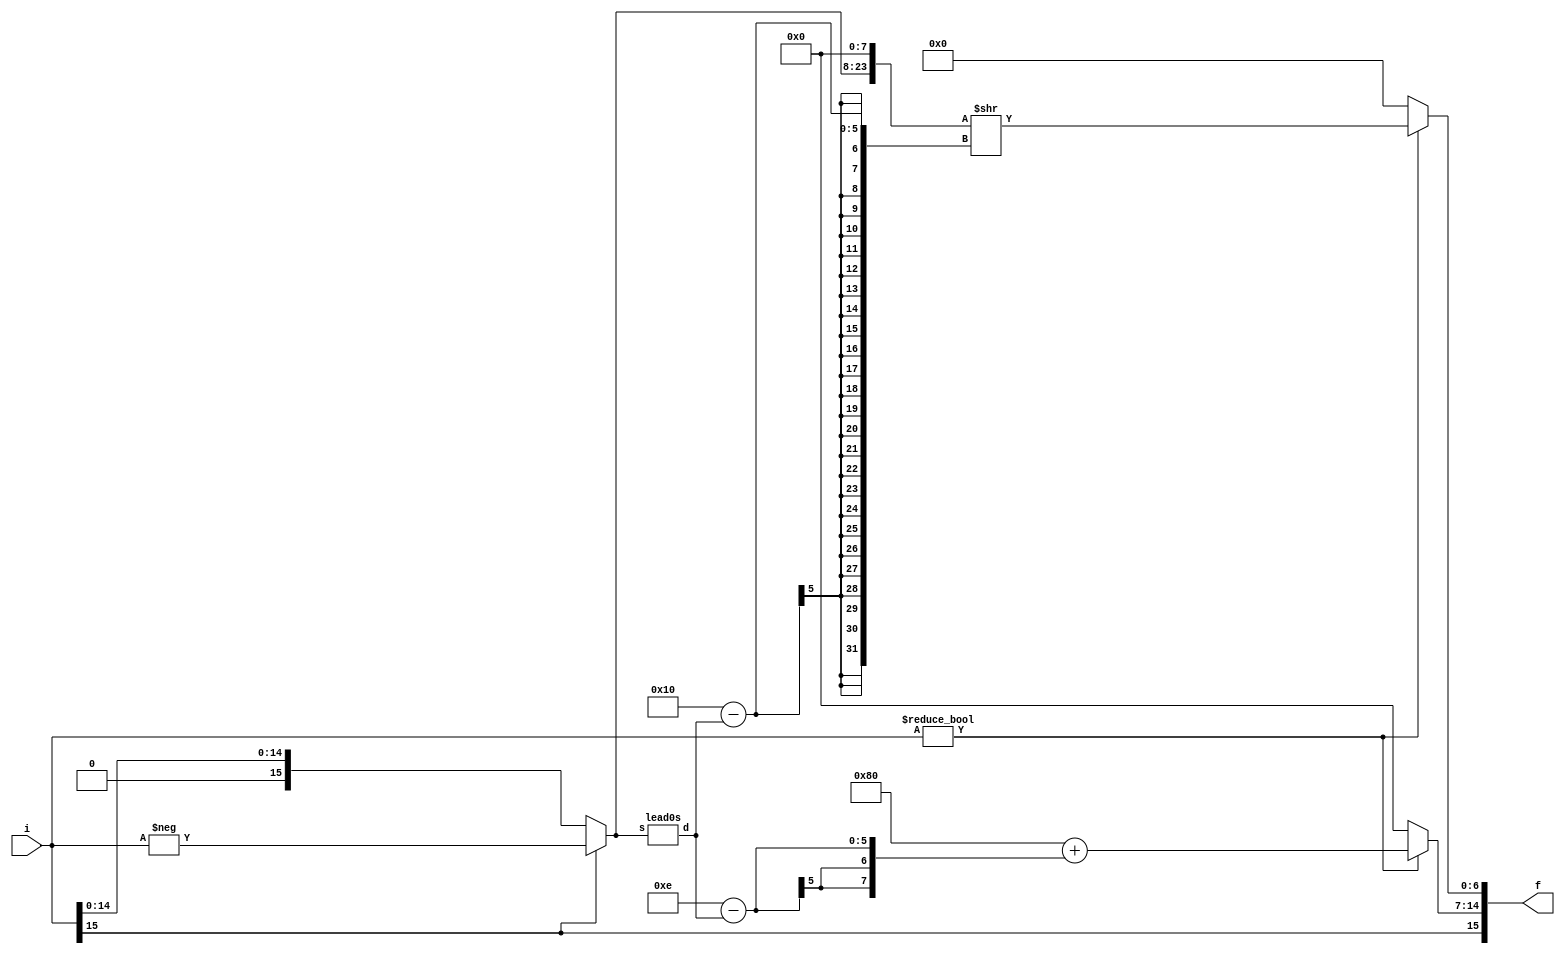
// some basic sizes of things
`define DATA	[15:0]
`define ADDR	[15:0] //address
`define INST	[15:0] //instruction
`define SIZE	[65535:0]
`define STATE	[7:0]  //state number size & opcode size
`define REGS	[15:0] //size of registers
`define REGNAME	[3:0]  //16 registers to choose from
`define WORD	[15:0] //16-bit words
`define HALF	[7:0]	//8-bit half-words
`define NIB	[3:0]	//4-bit nibble
`define HI8	[15:8]
`define LO8	[7:0]
`define HIGH8	[15:8]
`define HIGH4 [15:12]
`define LOW8	[7:0]

// the instruction fields
`define F_H		[15:12] //4-bit header (needed for short opcodes)
`define F_OP	[15:8]
`define F_D		[3:0]
`define F_S		[7:4]
`define F_C8	[11:4]
`define F_ADDR	[11:4]

//long instruction headers
`define HCI8	4'hb
`define HCII	4'hc
`define HCUP	4'hd
`define HBNZ	4'hf
`define HBZ		4'he

// opcode values, also state numbers
`define OPADDI	8'h70
`define OPADDII	8'h71
`define OPMULI	8'h72
`define OPMULII	8'h73
`define OPSHI	8'h74
`define OPSHII	8'h75
`define OPSLTI	8'h76
`define OPSLTII	8'h77

`define OPADDF	8'h60
`define OPADDPP	8'h61
`define OPMULF	8'h62
`define OPMULPP	8'h63

`define OPAND	8'h50
`define OPOR	8'h51
`define OPXOR	8'h52
`define OPDUP   8'h53

`define OPLD	8'h40
`define OPST	8'h41

`define OPANYI	8'h30
`define OPANYII	8'h31
`define OPNEGI	8'h32
`define OPNEGII	8'h33
`define OPNEGF  8'h34

//These have been changed, need to update .aik
`define OPF2I   8'h17
`define OPI2F   8'h18
`define OPII2PP 8'h19
`define OPF2PP	8'h21
`define OPPP2F	8'h22
`define OPPP2II 8'h23
`define OPINVF	8'h24
`define OPINVPP	8'h25

`define OPNOT	8'h10

`define OPJR	8'h01

`define OPTRAP	8'h00

`define OPCI8	8'hbz
`define OPCII	8'hc?
`define OPCUP	8'hdz

`define OPBZ	8'hez
`define OPBNZ	8'hfz

`define NOP 	8'h02

//my field definitions for modules
`define myPOSITS [15:0]
`define myINTS   [15:0]
`define myINT    [7:0]
`define myPOSIT  [7:0]

//Definitions for Dr. Dietz modules
// Field definitions
`define	WORD	[15:0]	// generic machine word size
`define	INT	signed [15:0]	// integer size
`define FLOAT	[15:0]	// half-precision float size
`define FSIGN	[15]	// sign bit
`define FEXP	[14:7]	// exponent
`define FFRAC	[6:0]	// fractional part (leading 1 implied)

// Constants
`define	FZERO	16'b0	  // float 0
`define F32767  16'h46ff  // closest approx to 32767, actually 32640
`define F32768  16'hc700  // -32768

// Given by Dr. Dietz
// Integer to float conversion, 16 bit
module i2f(f, i);
output wire `FLOAT f;
input wire `INT i;
wire [4:0] lead;
wire `WORD pos;
assign pos = (i[15] ? (-i) : i);
lead0s m0(lead, pos);
assign f `FFRAC = (i ? ({pos, 8'b0} >> (16 - lead)) : 0);
assign f `FSIGN = i[15];
assign f `FEXP = (i ? (128 + (14 - lead)) : 0);
endmodule

// Given by Dr. Dietz
// Float set-less-than, 16-bit (1-bit result) torf=a<b
module fslt(torf, a, b);
output wire torf;
input wire `FLOAT a, b;
assign torf = (a `FSIGN && !(b `FSIGN)) ||
	      (a `FSIGN && b `FSIGN && (a[14:0] > b[14:0])) ||
	      (!(a `FSIGN) && !(b `FSIGN) && (a[14:0] < b[14:0]));
endmodule

// Given by Dr. Dietz
// Count leading zeros, 16-bit (5-bit result) d=lead0s(s)
module lead0s(d, s);
output wire [4:0] d;
input wire `WORD s;
wire [4:0] t;
wire [7:0] s8;
wire [3:0] s4;
wire [1:0] s2;
assign t[4] = 0;
assign {t[3],s8} = ((|s[15:8]) ? {1'b0,s[15:8]} : {1'b1,s[7:0]});
assign {t[2],s4} = ((|s8[7:4]) ? {1'b0,s8[7:4]} : {1'b1,s8[3:0]});
assign {t[1],s2} = ((|s4[3:2]) ? {1'b0,s4[3:2]} : {1'b1,s4[1:0]});
assign t[0] = !s2[1];
assign d = (s ? t : 16);
endmodule

// Given by Dr. Dietz
// Floating-point reciprocal, 16-bit r=1.0/a
// Note: requires initialized inverse fraction lookup table
module frecip(r, a);
output wire `FLOAT r;
input wire `FLOAT a;
reg [6:0] look[127:0];
initial $readmemh1(look);
assign r `FSIGN = a `FSIGN;
assign r `FEXP = 253 + (!(a `FFRAC)) - a `FEXP;
assign r `FFRAC = look[a `FFRAC];
endmodule

// Given by Dr. Dietz
// Floating-point addition, 16-bit r=a+b
module fadd(r, a, b);
output wire `FLOAT r;
input wire `FLOAT a, b;
wire `FLOAT s;
wire [8:0] sexp, sman, sfrac;
wire [7:0] texp, taman, tbman;
wire [4:0] slead;
wire ssign, aegt, amgt, eqsgn;
assign r = ((a == 0) ? b : ((b == 0) ? a : s));
assign aegt = (a `FEXP > b `FEXP);
assign texp = (aegt ? (a `FEXP) : (b `FEXP));
assign taman = (aegt ? {1'b1, (a `FFRAC)} : ({1'b1, (a `FFRAC)} >> (texp - a `FEXP)));
assign tbman = (aegt ? ({1'b1, (b `FFRAC)} >> (texp - b `FEXP)) : {1'b1, (b `FFRAC)});
assign eqsgn = (a `FSIGN == b `FSIGN);
assign amgt = (taman > tbman);
assign sman = (eqsgn ? (taman + tbman) : (amgt ? (taman - tbman) : (tbman - taman)));
lead0s m0(slead, {sman, 7'b0});
assign ssign = (amgt ? (a `FSIGN) : (b `FSIGN));
assign sfrac = sman << slead;
assign sexp = (texp + 1) - slead;
assign s = (sman ? (sexp ? {ssign, sexp[7:0], sfrac[7:1]} : 0) : 0);
endmodule

//Given by Dr. Dietz
// Floating-point multiply, 16-bit r=a*b
module fmul(r, a, b);
output wire `FLOAT r;
input wire `FLOAT a, b;
wire [15:0] m; // double the bits in a fraction, we need high bits
wire [7:0] e;
wire s;
assign s = (a `FSIGN ^ b `FSIGN);
assign m = ({1'b1, (a `FFRAC)} * {1'b1, (b `FFRAC)});
assign e = (((a `FEXP) + (b `FEXP)) -127 + m[15]);
assign r = (((a == 0) || (b == 0)) ? 0 : (m[15] ? {s, e, m[14:8]} : {s, e, m[13:7]}));
endmodule

// Given by Dr. Dietz
// Float to integer conversion, 16 bit
// Note: out-of-range values go to -32768 or 32767
module f2i(i, f);
output wire `INT i;
input wire `FLOAT f;
wire `FLOAT ui;
wire tiny, big;
fslt m0(tiny, f, `F32768);
fslt m1(big, `F32767, f);
assign ui = {1'b1, f `FFRAC, 16'b0} >> ((128+22) - f `FEXP);
assign i = (tiny ? 0 : (big ? 32767 : (f `FSIGN ? (-ui) : ui)));
endmodule

// control for calling i2p
module ii2pp(p, i);
input `WORD i;
output `WORD p;
i2p p1(p `LO8,i `LO8);
i2p p2(p `HI8,i `HI8);
endmodule

// Looks up corresponding 8 bit posit from 8 bit integer
module i2p(p,i);
input wire `HALF i;
output wire `HALF p;
reg [7:0] look[255:0];
initial $readmemh2(look);
assign p = look[i];
endmodule

// control for calling i2p
module pp2ii(i,p);
output `WORD i;
input `WORD p;
i2p p1(i `LO8,p `LO8);
i2p p2(i `HI8,p `HI8);
endmodule

// Looks up corresponding 8 bit integer from 8 bit posit
module p2i(i,p);
output wire `HALF i;
input wire `HALF p;
reg [15:8] look[255:0];
initial $readmemh2(look);
assign i = look[p];
endmodule

//low 8 bits of posit to 16 bit float
module pp2f(f,p);
input wire `WORD p;
output wire `WORD f;
reg [31:16] look[255:0];
initial $readmemh2(look);
assign f = look[p `LO8];
endmodule

// reciprocal of posit
module invpp(recip, p);
output wire `WORD recip;
input wire `WORD p;
reg [39:32] look[255:0];
initial $readmemh2(look);
assign recip = {look[p `HI8], look[p `LO8]};
endmodule
	
module addp8(p1, p2, sum);
input wire `myPOSIT p1, p2;
output wire `myPOSIT sum;
wire [23:0] search;
reg [23:0] look[65535:0];
initial $readmemh3(look);
assign search = look[{p1[7:0], p2[7:0]}];
assign sum = search[23:16];
endmodule

module addpp(result, ppd, pps);
input wire [15:0] ppd, pps;
output wire [15:0] result;
addp8 lo8(ppd [7:0], pps[7:0], result[7:0]);
addp8 hi8(ppd [15:8], pps[15:8], result[15:8]);
endmodule

module mulpp(result, ppd, pps);
input wire `WORD ppd, pps;
output wire `WORD result;
wire [15:0] search;
reg [15:0] look[65535:0];
initial $readmemh3(look);
assign search = {look[{ppd `HI8, pps `HI8}],look[{ppd `LO8, pps `LO8}]};
assign result = search[15:8];
endmodule
		
module f2pp(p,f);
input wire `WORD f;
output wire `WORD p;
reg [7:0] look[65535:0];
initial $readmemh3(look);
assign p = {look[f], look[f]};
endmodule

module processor(halt, reset, clk);
output reg halt;
input reset, clk;

reg `DATA r `REGS;	// register file
reg `DATA dm `SIZE;	// data memory
reg `INST im `SIZE;	// instruction memory
reg `ADDR pc;
wire `ADDR tpc;
reg `INST ir;
reg `HALF op0, op1;
reg `NIB d0, d1;
reg `DATA dv1, dv2;
reg `NIB s0, s1;
reg `DATA sv1;
reg `HALF const0, const1;
reg jump;
wire zflag;		// z flag
wire pendz;
wire wait1;
wire `WORD f2iOut, i2fOut, frecipOut, fmulOut, faddOut, ii2ppOut, pp2iiOut, addppOut, mulppOut, pp2fOut, invppOut, f2ppOut;
	
reg `DATA target;	// target for branch or jump

	i2f myi2f(i2fOut,dv1);
	f2i myf2i(f2iOut, dv1);
	frecip myfrecip(frecipOut, dv1);
	fmul myfmul(fmulOut, dv1, sv1);
	fadd myfadd(faddOut, dv1, sv1);
	ii2pp myii2pp(ii2ppOut, dv1);
	pp2ii mypp2ii(pp2iiOut, dv1);
	addpp myaddpp(addppOut, dv1, sv1);
	mulpp mymulpp(mulppOut, dv1, sv1);
	pp2f mypp2f(pp2fOut, dv1);
	f2pp myf2pp(f2ppOut, dv1);
	invpp myinvpp(invppOut, dv1);
	assign zflag = (dv1 == 0);
	assign pendz = (op0 == `OPTRAP && (op1 [7:4] === 4'hf || op1 [7:4] == 4'he || op1 == `OPJR));
	assign wait1 = (d0 == d1 || s0 == d1 || (op0 == `OPTRAP && (op1 == `OPBZ || op1 == `OPBNZ)));
	assign tpc = (jump ? target : pc);

always @(reset) begin
	halt <= 0;
	pc <= 0;
	op0 <= `NOP; op1 <= `NOP;
	jump <= 0;

	//Load vmem files
	$readmemh0(im);
	//readmemh1(dm);
end

//stage 0: instruction fetch
always @(posedge clk) begin
	if (wait1 || pendz) begin
		pc <= tpc;
		//wait
	end else begin
		//not blocked by stage 1
		op0 <= im[tpc] `F_OP;
		d0 <= im[tpc] `F_D;
		s0 <= im[tpc] `F_S;
		const0 <= im[tpc] `F_C8;
		pc <= tpc + 1;
	end
end

//stage 1: register read
always @(posedge clk) begin
	if (wait1 || pendz || jump) begin
    		// stall waiting for register value
		op1 <= `NOP;
		dv1 <= r[d0];
		d1 <= 4'bz;
    		sv1 <= r[s0];
		s1 <= s0;
  	end else begin
    		// all good, get operands (even if not needed)
		const1 <= const0;
    		dv1 <= r[d0];
		d1 <= d0;
    		sv1 <= r[s0];
		s1 <= s0;
    		op1 <= op0;
  end

end

//stage 2: ALU, data memory access, reg write
always @(posedge clk) begin
	if ((op1 == `NOP)) begin
		// condition says nothing happens
		jump <= 0;
	end else begin
		casez (op1)
			`OPADDI: begin r[d1] <= dv1 + sv1; end
			//IMPLEMENT FLOATING POINT
			`OPADDF: begin r[d1] <= faddOut; end
			`OPADDII: begin r[d1] `HI8 <= dv1 `HI8 + sv1 `HI8; r[d1] `LO8 = dv1 `LO8 + sv1 `LO8; end
			//IMPLEMENT POSIT
			`OPADDPP: begin r[d1] <= addppOut; end
			`OPMULI: begin r[d1] <= dv1 * sv1; end
			//NEW
			`OPMULF: begin r[d1] <= fmulOut; end
			`OPMULII: begin r[d1] <= dv1 * sv1; r[d1]`HI8 = dv1 `HI8 * sv1`HI8; end
			//IMPLEMENT POSIT
			`OPMULPP: begin r[d1] <= mulppOut; end
			`OPAND: begin r[d1] <= dv1 & sv1; end
			`OPOR: begin r[d1] <= dv1 | sv1; end
			`OPXOR: begin r[d1] <= dv1 ^ sv1; end
			//NEW
			`OPDUP: begin r[d1] <= sv1; end
			`OPSHI: begin r[d1] <= (sv1 > 32767 ? dv1 >> -sv1 : dv1 << sv1); end
			`OPNOT: begin r[d1] <= ~dv1; end
			`OPANYI: begin r[d1] <= (dv1 ? -1 : 0); end
			`OPANYII: begin r[d1] `HI8 <= (dv1 `HI8 ? -1 : 0); r[d1] `LO8 <= (dv1 `LO8 ? -1 : 0); end
			`OPLD:  begin r[d1] <= dm[sv1]; end
			`OPSLTI: begin r[d1] <= dv1 < sv1; end
			`OPSLTII: begin r[d1] `HIGH8 <= dv1 `HIGH8 < sv1 `HIGH8; r[d1] `LOW8 <= dv1 `LOW8 < sv1 `LOW8; end
			//NEW, no OP yet
			`OPF2I: begin r[d1] <= f2iOut; end
			//NEW, no OP yet
			`OPF2PP: begin r[d1] <= f2ppOut; end
			//NEW
			`OPI2F: begin r[d1] <= i2fOut; end
			//IMPLEMENT POSIT
			`OPII2PP: begin r[d1] <= ii2ppOut; end
			//IMPLEMENT POSIT
			`OPPP2II: begin r[d1] <= pp2iiOut; end
			//NEW
			`OPPP2F: begin r[d1] <= pp2fOut; end
			//NEW
			`OPINVF: begin r[d1] <= frecipOut; end
			`OPINVPP: begin r[d1] <= invppOut; end
			`OPNEGI: begin r[d1] <= -dv1; end
			`OPNEGII: begin r[d1] `HI8 <= -dv1 `HI8; r[d1] `LO8 <= -dv1 `LO8; end
			//NEW, Flips the top bit
			`OPNEGF: begin r[d1] <= dv1 ^ 16'h8000; end
			`OPCI8:	begin r[d1] <=  ((const1 & 8'h80) ? 16'hff00 : 0) | (const1 & 8'hff); end
			`OPCII: begin r[d1] `HI8 <= const1; r[d1] `LO8 <= const1; end
			`OPCUP: begin r[d1] `HI8 <= const1; end
			`OPSHII: begin r[d1] `LO8 <= (sv1`LO8 > 127 ? dv1 `LO8 >> -sv1`LO8 : dv1 `LO8 << sv1`LO8); 
				r[d1] `HI8 <= (sv1`HI8 > 127 ? dv1 `HI8 >> -sv1`HI8 : dv1 `HI8 << sv1`HI8); end
			`OPST:  begin dm[sv1] <= dv1; end // this may be wrong
			`OPLD:  begin r[d1] = dm[sv1]; end
			`OPBZ: begin
				if (zflag != 0) begin
					jump <= 1;
					target <= const1 + pc - 2;
				end
			end
			`OPBNZ: begin
				if (zflag == 0) begin
					jump <= 1;
					target <= const1 + pc - 2;
				end
			end
			`OPJR: begin
				jump <= 1;
				target <= dv1;
			end
			default: halt <= 1;
		endcase
	end
end
endmodule



module testbench;
reg reset = 0;
reg clk = 0;
wire halted;
processor PE(halted, reset, clk);
initial begin
  $dumpfile;
  $dumpvars(0, PE);
  #10 reset = 1;
  #10 reset = 0;
  while (!halted) begin
    #10 clk = 1;
    #10 clk = 0;
  end
  $finish;
end
endmodule